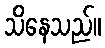
သိနေသည်။